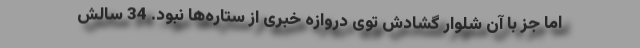
اما جز با آن شلوار گشادش توی دروازه خبری از ستاره‌ها نبود. 34 سالش